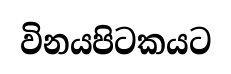
විනයපිටකයට